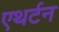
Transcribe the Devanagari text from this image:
एथर्टन